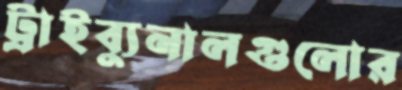
ট্রাইব্যুনালগুলোর